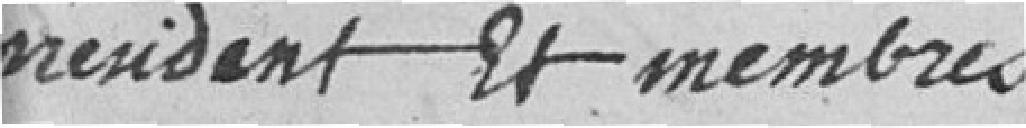
Président et membres